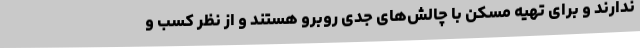
ندارند و برای تهیه مسکن با چالش‌های جدی روبرو هستند و از نظر کسب و